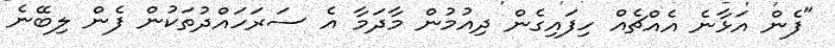
"ފެން އަޅާނެ އެއްޗެއް ހިފައިގެން ދިއުމުން މާދަމާ އެ ސަރަހައްދުތަކުން ފެން ލިބޭނެ